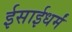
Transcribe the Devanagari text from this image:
ईसाईधर्मं